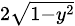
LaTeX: \scriptstyle 2{\sqrt{1-y^{2}}}